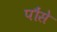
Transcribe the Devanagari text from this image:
पौंसे